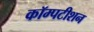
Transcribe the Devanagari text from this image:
कॉम्पटीशन